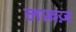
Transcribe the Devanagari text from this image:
लफ़ज़